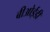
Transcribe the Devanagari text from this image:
बीओईडी